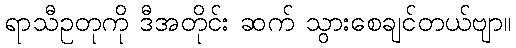
ရာသီဥတုကို ဒီအတိုင်း ဆက် သွားစေချင်တယ်ဗျာ။